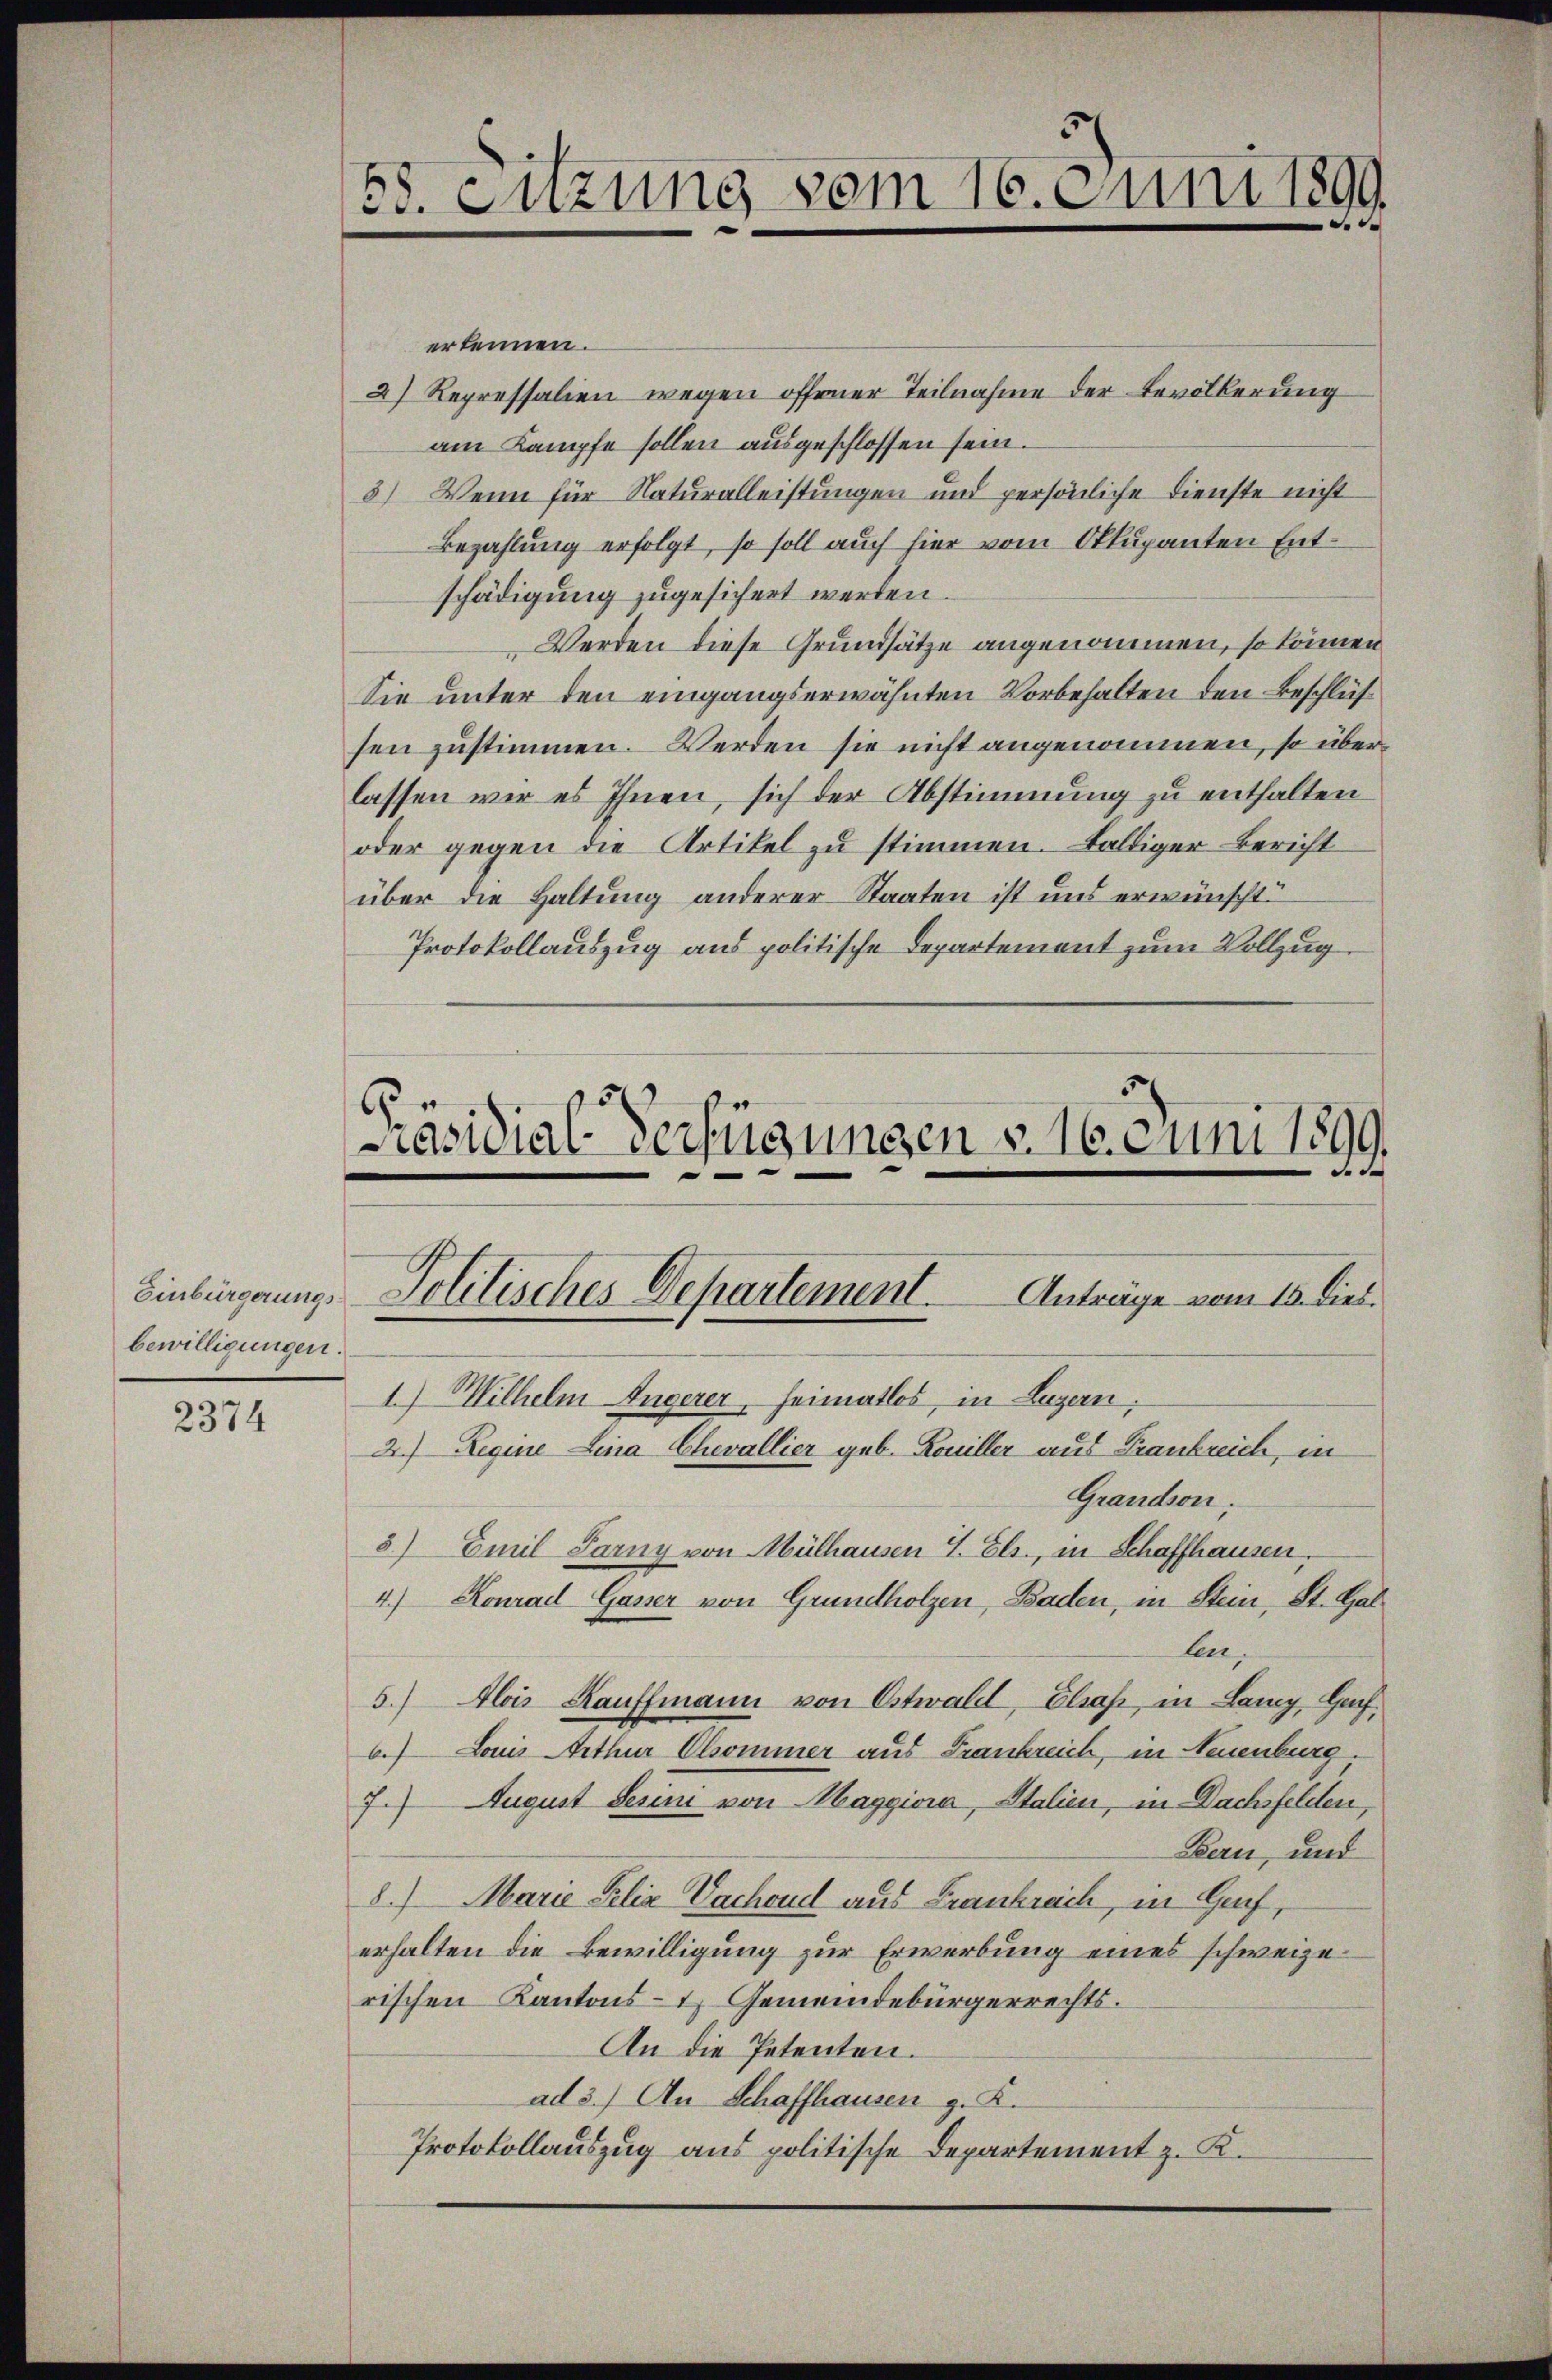
Einbürgerungs
bewilligungen.

2374

58. Suzung vom 16. Juni 1890.
e

erkennen.
2) Repressalien wegen offener Teilnahme der Bevölkerung
am Kampfe sollen ausgeschlossen sein.
5) Wenn für Naturalleistungen und persönliche Dienste nicht
Bezahlung erfolgt, so soll auch hier vom Okkupanten Entschädigung zugesichert werden.
Werden diese Grundsätze angenommen, so können
Sie unter den eingangserwähnten Vorbehalten den Beschlüß
sen zustimmen. Werden sie nicht angenommen, so überlassen wir es Ihnen, sich der Abstimmung zu enthalten
oder gegen die Artikel zu stimmen. Baltiger Bericht
über die Haltung anderer Staaten ist uns erwünscht
Protokollauszug aus politische Departement zum Vollzug

5
Präsidial-Verfügungen d. 16. Juni 1899.
e
Politisches Departement. Anträge vom 15. Dieb.
1.) Wilhelm Angerer Heimatlos, in Luzern,

2.) Regine Lina Chevallier geb. Kouiller aus Frankreich, in
Grandion.
5) Emil Sarny von Mülhausen S. Els., in Schaffhausen.
4.) Konrad Gasser von Grundholzen, Baden, in Stein, St. Gallen
5.) Alois Kauffmann von Ostwald, Elsaß, in Lang, Genf,
6. Louis Arthur Olsommer aus Frankreich, in Neuenburg
7. August Serini von Maggiora, Italien, in Dachsfelden,
Bern, und
8.) Marie Felix Vachoud aus Frankreich, in Genf,
erhalten die Bewilligung zur Erwerbung eines schweizerischen Kantons- & Gemeindebürgerrechts.
An die Petenten.
ad 3.) An Schaffhausen z. K.
Protokollauszug aus politische Departement z. K.